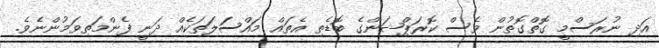
އަދި ނުރަސްމީ ގޮތްގޮތުން ވެސް ކޮރަޕްޝަންގެ ބޮޑެތި އެތައް މައްސަލަތަކެއް ދަނީ ފެންމަތިވަމުންނެވެ.